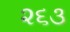
૨૬૩